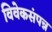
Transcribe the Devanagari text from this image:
विवेकसंपन्न